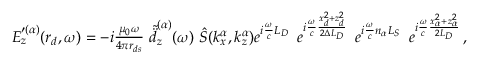
\begin{array} { r } { E _ { z } ^ { \prime ( \alpha ) } ( \boldsymbol { r } _ { d } , \omega ) = - i \frac { \mu _ { 0 } \omega } { 4 \pi r _ { d s } } \, \, \tilde { \ddot { d } } _ { z } ^ { ( \alpha ) } ( \omega ) \, \, \hat { S } ( k _ { x } ^ { \alpha } , k _ { z } ^ { \alpha } ) e ^ { i \frac { \omega } { c } L _ { D } } \, \, \, e ^ { i \frac { \omega } { c } \frac { x _ { d } ^ { 2 } + z _ { d } ^ { 2 } } { 2 \Delta L _ { D } } } \, \, \, e ^ { i \frac { \omega } { c } n _ { \alpha } L _ { S } } \, \, \, e ^ { i \frac { \omega } { c } \frac { x _ { \alpha } ^ { 2 } + z _ { \alpha } ^ { 2 } } { 2 L _ { D } } } \, , \quad } \end{array}